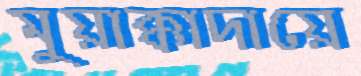
মুয়াক্কাদায়ে